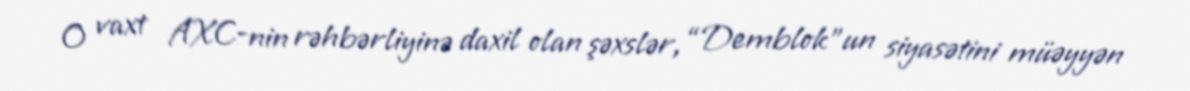
O vaxt AXC-nin rəhbərliyinə daxil olan şəxslər, “Demblok”un siyasətini müəyyən